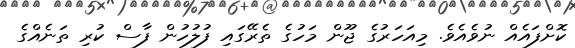
ކޮށްފައެއް ނުވެއެވެ. މިއަހަރުގެ ޖޫން މަހުގެ ތެރޭގައި ފުލުހުން ފާސް ކުރި ތަނެއްގެ